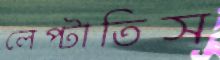
লেপ্‌টাতিস